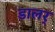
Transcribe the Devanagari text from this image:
डालर्